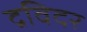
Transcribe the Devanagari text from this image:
द्रविदर